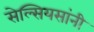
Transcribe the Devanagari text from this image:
सेल्सियसांनी